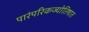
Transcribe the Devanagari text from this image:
पारंपरिकज्योतिषात